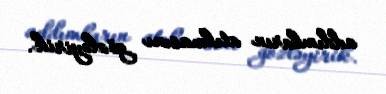
addımların atılmasını gözləyirik.